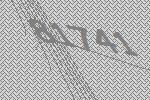
81741